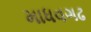
માધવગઢ